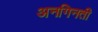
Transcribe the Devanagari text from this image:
अनगिनती